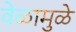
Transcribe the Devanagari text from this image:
वेळामुळे